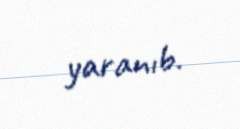
yaranıb.